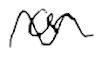
Text: or
Cross-out: wave
Writing tool: digital_black